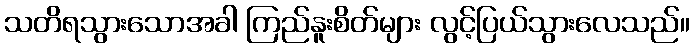
သတိရသွားသောအခါ ကြည်နူးစိတ်များ လွင့်ပြယ်သွားလေသည်။